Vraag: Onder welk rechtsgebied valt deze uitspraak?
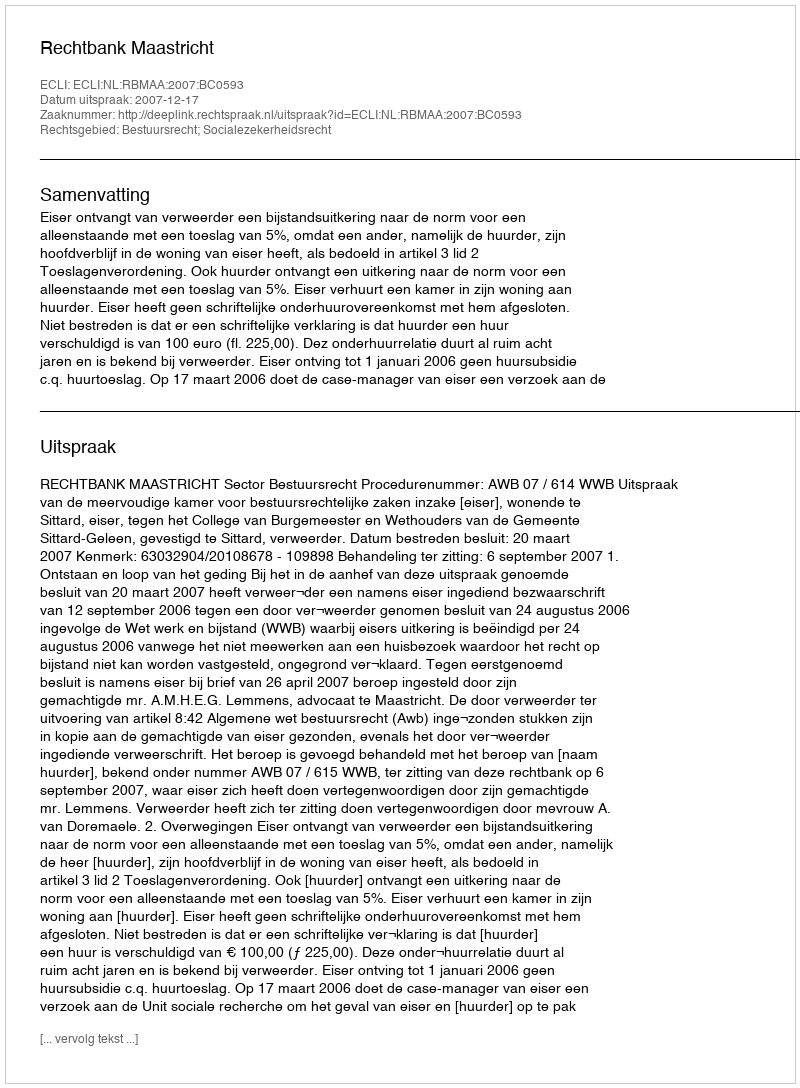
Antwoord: Bestuursrecht; Socialezekerheidsrecht